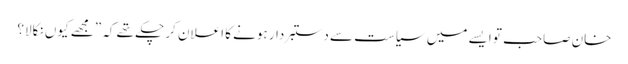
خان صاحب تو ایسے میں سیاست سے دستبردار ہونے کا اعلان کر چکے تھے کہ ”مجھے کیوں نکالا؟